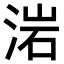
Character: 𣷰